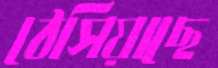
ঠেসিয়াছে